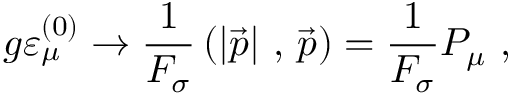
g \varepsilon _ { \mu } ^ { ( 0 ) } \rightarrow \frac { 1 } { F _ { \sigma } } \left( \left\vert \vec { p } \right\vert \, , \, \vec { p } \right) = \frac { 1 } { F _ { \sigma } } P _ { \mu } \ ,